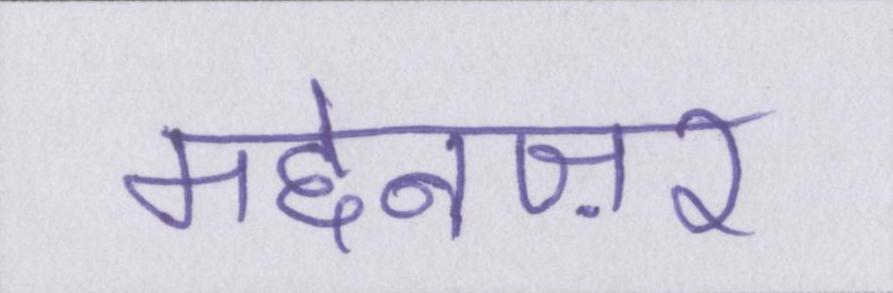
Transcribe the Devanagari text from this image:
मद्देनज़र